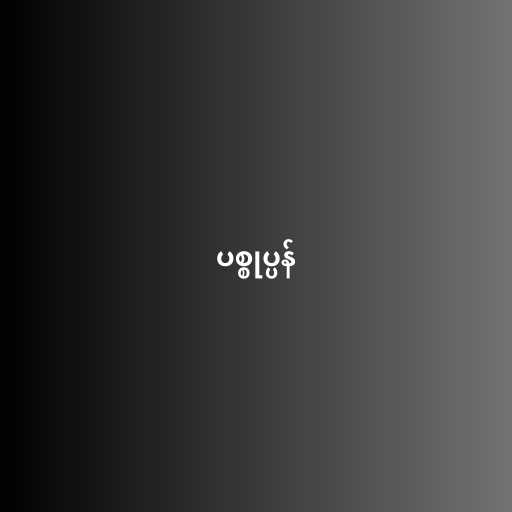
ပစ္စုပ္ပန်